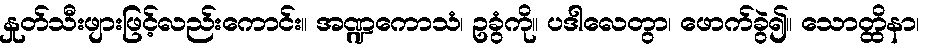
နှုတ်သီးဖျားဖြင့်လည်းကောင်း။ အဏ္ဍကောသံ၊ ဥခွံကို။ ပဒါလေတွာ၊ ဖောက်ခွဲ၍။ သောတ္ထိနာ၊